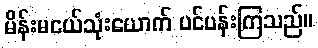
မိန်းမငယ်သုံးယောက် ပင်ပန်းကြသည်။